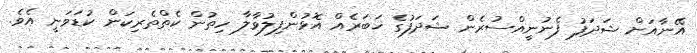
އޭނާއަށް ޝަދަފު ފެނުނީއްސުރެން ޝަދަފުގެ ޚަބަރެއް އޮޅުންފިލުވާލާ ހިތުން ކެތްތެރިކަން ކުޑަވަނީ އެވެ.